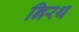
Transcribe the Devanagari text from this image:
निरथ